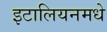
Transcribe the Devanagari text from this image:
इटालियनमधे